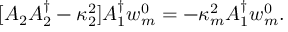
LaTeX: [ A _ { 2 } A _ { 2 } ^ { \dagger } - \kappa _ { 2 } ^ { 2 } ] A _ { 1 } ^ { \dagger } w _ { m } ^ { 0 } = - \kappa _ { m } ^ { 2 } A _ { 1 } ^ { \dagger } w _ { m } ^ { 0 } .